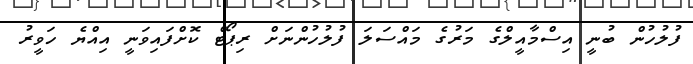
ފުލުހުން ބުނީ އިސްމާއީލްގެ މަރުގެ މައްސަލަ ފުލުހުންނަށް ރިޕޯޓް ކޮށްފައިވަނީ އިއްޔެ ހަވީރު